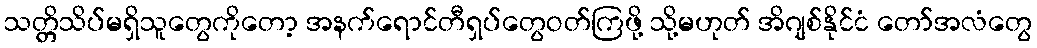
သတ္တိသိပ်မရှိသူတွေကိုတော့ အနက်ရောင်တီရှပ်တွေဝတ်ကြဖို့ သို့မဟုတ် အိဂျစ်နိုင်ငံ တော်အလံတွေ